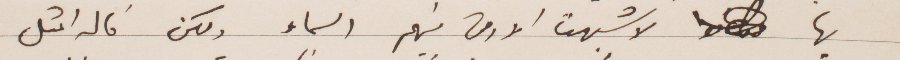
بها لاشبهت الأرض بينهم السماء ولكن قال المثل